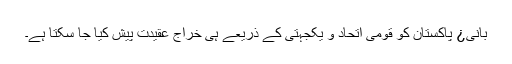
بانی¿ پاکستان کو قومی اتحاد و یکجہتی کے ذریعے ہی خراج عقیدت پیش کیا جا سکتا ہے۔